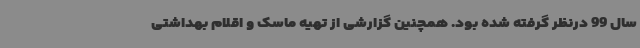
سال 99 درنظر گرفته شده بود. همچنین گزارشی از تهیه ماسک و اقلام بهداشتی